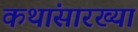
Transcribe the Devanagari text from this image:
कथांसारख्या